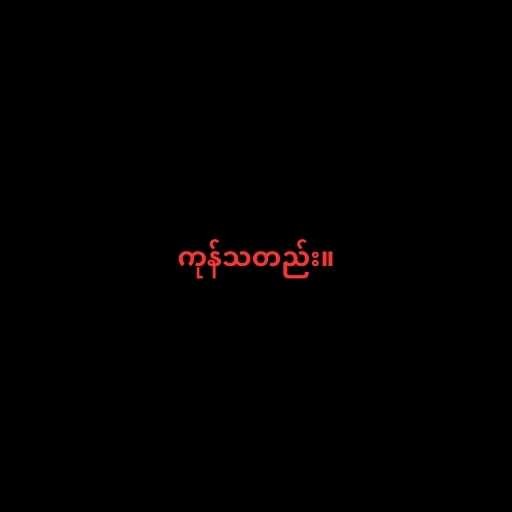
ကုန်သတည်း။